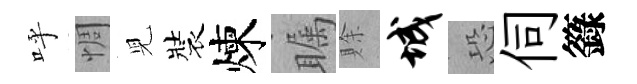
呼惆児裝煉瞩賖城恐伺籙